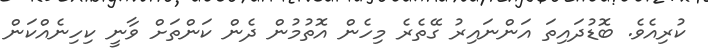
ކުރިއެވެ. ބޮޑުދައިތަ އަންނައިރު ގޭތެރެ މިހެން އޮތުމުން ދެން ކަންތަށް ވާނީ ކިހިނެއްކަން